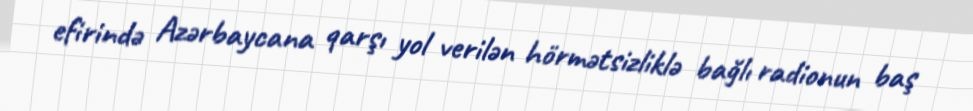
efirində Azərbaycana qarşı yol verilən hörmətsizliklə bağlı radionun baş